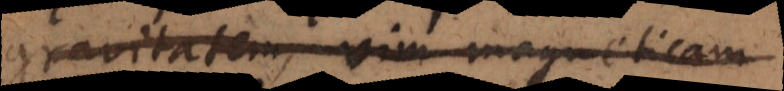
gravitatem, vim magneticam